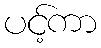
ပင့်ကာ